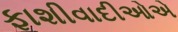
ફાશીવાદીઓએ